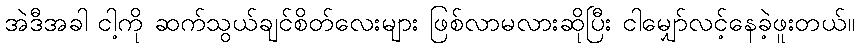
အဲဒီအခါ ငါ့ကို ဆက်သွယ်ချင်စိတ်လေးများ ဖြစ်လာမလားဆိုပြီး ငါမျှော်လင့်နေခဲ့ဖူးတယ်။